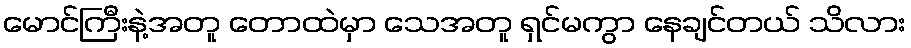
မောင်ကြီးနဲ့အတူ တောထဲမှာ သေအတူ ရှင်မကွာ နေချင်တယ် သိလား